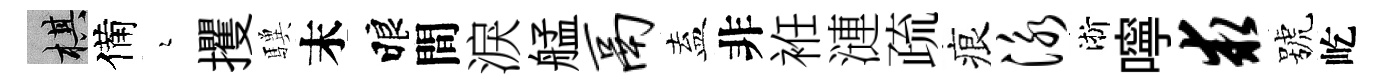
棋備瑟攫驥末睱間淚艋鬲盍非袵漣疏痕泳淅嚀求號屹